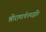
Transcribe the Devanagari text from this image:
श्रीरामार्चनपद्धतिः